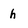
Character: h